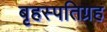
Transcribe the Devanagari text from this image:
बृहस्पतिग्रह